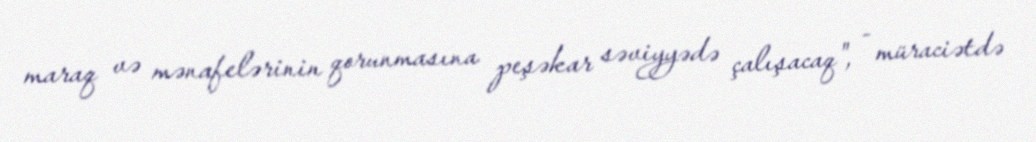
maraq və mənafelərinin qorunmasına peşəkar səviyyədə çalışacaq", - müraciətdə